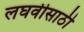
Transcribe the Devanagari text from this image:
लघवीसाठी